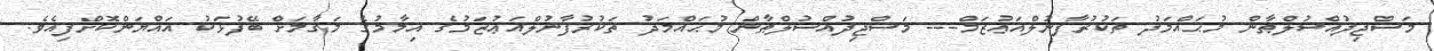
މަސްޖިދުއްސުލްޠާން މުޙައްމަދު ތަކުރުފާނުލްއަޢުޒަމް--- މަސްޖިދުއްސުލްޠާން މުޙައްމަދު ތަކުރުފާނުލްއަޢުޒަމުގެ އިމާމުގެ މަގާމަށް ބޭފުޅަކު އައްޔަންކޮށްފިއެވެ.